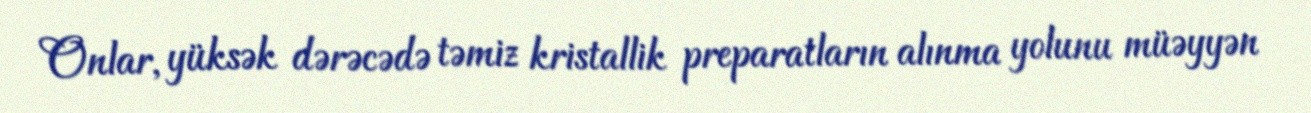
Onlar, yüksək dərəcədə təmiz kristallik preparatların alınma yolunu müəyyən